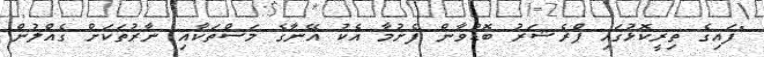
"ފައިގެ ތިރީކޮޅުގައި ޕްރެޝަރު ބޮޑުވާން ފެށުމާ އެކު އޭނާގެ މަސްތަކާއި ނާރުތަކަށް ގެއްލުން